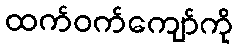
ထက်ဝက်ကျော်ကို